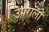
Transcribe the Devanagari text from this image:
उपराला